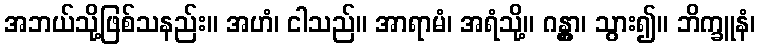
အဘယ်သို့ဖြစ်သနည်း။ အဟံ၊ ငါသည်။ အာရာမံ၊ အရံသို့။ ဂန္တွာ၊ သွား၍။ ဘိက္ခူနံ၊